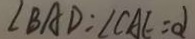
\angle B A D = \angle C A E = \alpha